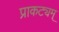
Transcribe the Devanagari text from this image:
प्राकट्यम्